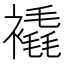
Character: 𲁄